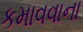
કમાવવાના